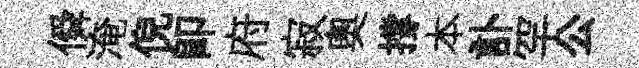
僢淹倪卽府寂奥撐本訃罕公